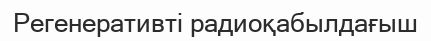
Регенеративті радиоқабылдағыш